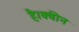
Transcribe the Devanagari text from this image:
है।क्वीन